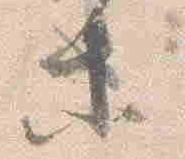
等